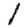
Digit: 1